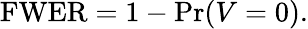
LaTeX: \mathrm{FWER}=1-\operatorname*{Pr}(V=0).